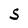
Character: S